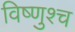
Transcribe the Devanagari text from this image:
विष्णुश्च